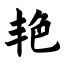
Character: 艳